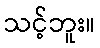
သင့်ဘူး။